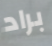
براد